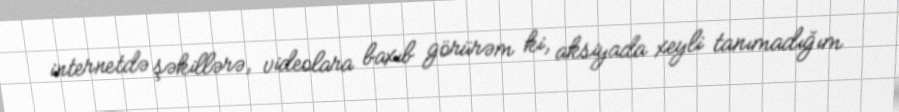
internetdə şəkillərə, videolara baxıb görürəm ki, aksiyada xeyli tanımadığım